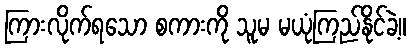
ကြားလိုက်ရသော စကားကို သူမ မယုံကြည်နိုင်ခဲ့။